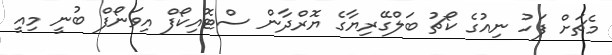
މެޗަށް ފަހު ނިއުގެ ކޯޗު ބަލްގޭރިޔާގެ ޔޮރްދާން ސްޓޮއިކޯފް އިވަނޯފް ބުނީ މިއީ